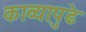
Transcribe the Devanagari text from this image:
काव्यापुढे